Annual administration and progress report of the Indian Medical Department, Bombay
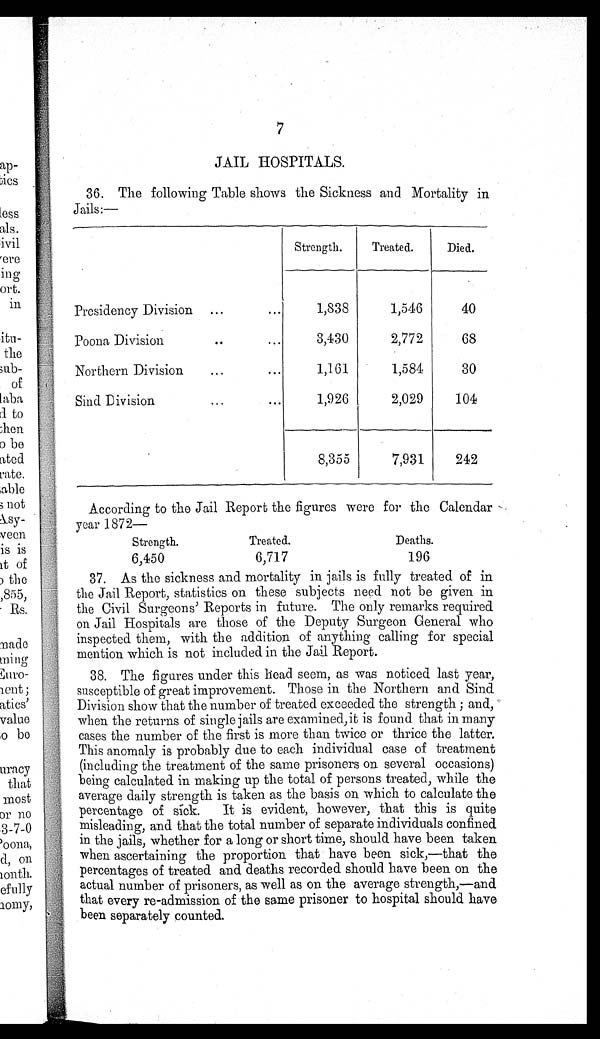
7
JAIL HOSPITALS.
36. The following Table shows the Sickness and Mortality in
Jails:—
Strength.
Treated.
Died.
Presidency Division
1,838
1,546
40
Poona Division
3,430
2,772
68
N o r t h e r n D i v i s i o n 1 , 1 6 1
1,584
30
Sind Division
1,926
2,029
104
8,355
7,931
242
According to the Jail Report the figures were for the Calendar
year 1872—
Strength.
Treated.
Deaths.
6,450
6,717
196
37. As the sickness and mortality in jails is fully treated of in
the Jail Report, statistics on these subjects need not be given in
the Civil Surgeons' Reports in future. The only remarks required
on Jail Hospitals are those of the Deputy Surgeon General who
inspected them, with the addition of anything calling for special
mention which is not included in the Jail Report.
38. The figures under this head seem, as was noticed last year,
susceptible of great improvement. Those in the Northern and Sind
Division show that the number of treated exceeded the strength; and,
when the returns of single jails are examined, it is found that in many
cases the number of the first is more than twice or thrice the latter.
This anomaly is probably due to each individual case of treatment
(including the treatment of the same prisoners on several occasions)
being calculated in making up the total of persons treated, while the
average daily strength is taken as the basis on which to calculate the
percentage of sick. It is evident, however, that this is quite
misleading, and that the total number of separate individuals confined
in the jails, whether for a long or short time, should have been taken
when ascertaining the proportion that have been sick,—that the
percentages of treated and deaths recorded should have been on the
actual number of prisoners, as well as on the average strength,—and
that every re-admission of the same prisoner to hospital should have
been separately counted.